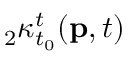
{ } _ { 2 } \kappa _ { t _ { 0 } } ^ { t } ( \mathbf { p } , t )